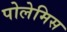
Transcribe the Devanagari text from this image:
पोलेमिस